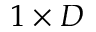
1 \times D